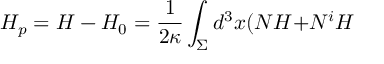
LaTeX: H _ { p } = H - H _ { 0 } = \frac { 1 } { 2 \kappa } \int _ { \Sigma } d ^ { 3 } x ( N { \cal H + } N ^ { i } { \cal H }